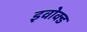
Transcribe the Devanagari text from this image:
इवोक्ड